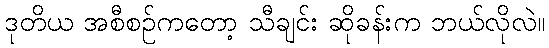
ဒုတိယ အစီစဉ်ကတော့ သီချင်း ဆိုခန်းက ဘယ်လိုလဲ။